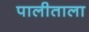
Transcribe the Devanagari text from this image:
पालीताला